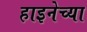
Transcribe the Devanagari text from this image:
हाइनेच्या